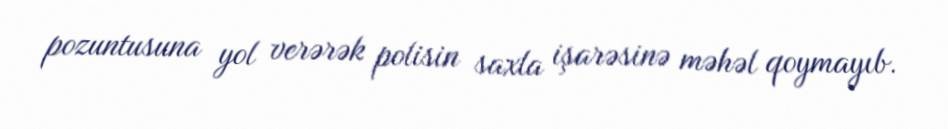
pozuntusuna yol verərək polisin saxla işarəsinə məhəl qoymayıb.